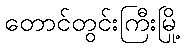
တောင်တွင်းကြီးမြို့